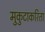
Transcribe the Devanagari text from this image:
मुकुटाकरिता